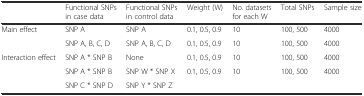
<table><thead><tr><td></td><td><b>Functional SNPs in case data</b></td><td><b>Functional SNPs in control data</b></td><td><b>Weight (W)</b></td><td><b>No. datasets for each W</b></td><td><b>Total SNPs</b></td><td><b>Sample size</b></td></tr></thead><tbody><tr><td rowspan="2">Main effect</td><td>SNP A</td><td>SNP A</td><td>0.1, 0.5, 0.9</td><td>10</td><td>100, 500</td><td>4000</td></tr><tr><td>SNP A, B, C, D</td><td>SNP A, B, C, D</td><td>0.1, 0.5, 0.9</td><td>10</td><td>100, 500</td><td>4000</td></tr><tr><td rowspan="3">Interaction effect</td><td>SNP A * SNP B</td><td>None</td><td>0.1, 0.5, 0.9</td><td>10</td><td>100, 500</td><td>4000</td></tr><tr><td>SNP A * SNP B</td><td>SNP W * SNP X</td><td rowspan="2">0.1, 0.5, 0.9</td><td rowspan="2">10</td><td rowspan="2">100, 500</td><td rowspan="2">4000</td></tr><tr><td>SNP C * SNP D</td><td>SNP Y * SNP Z</td></tr></tbody></table>